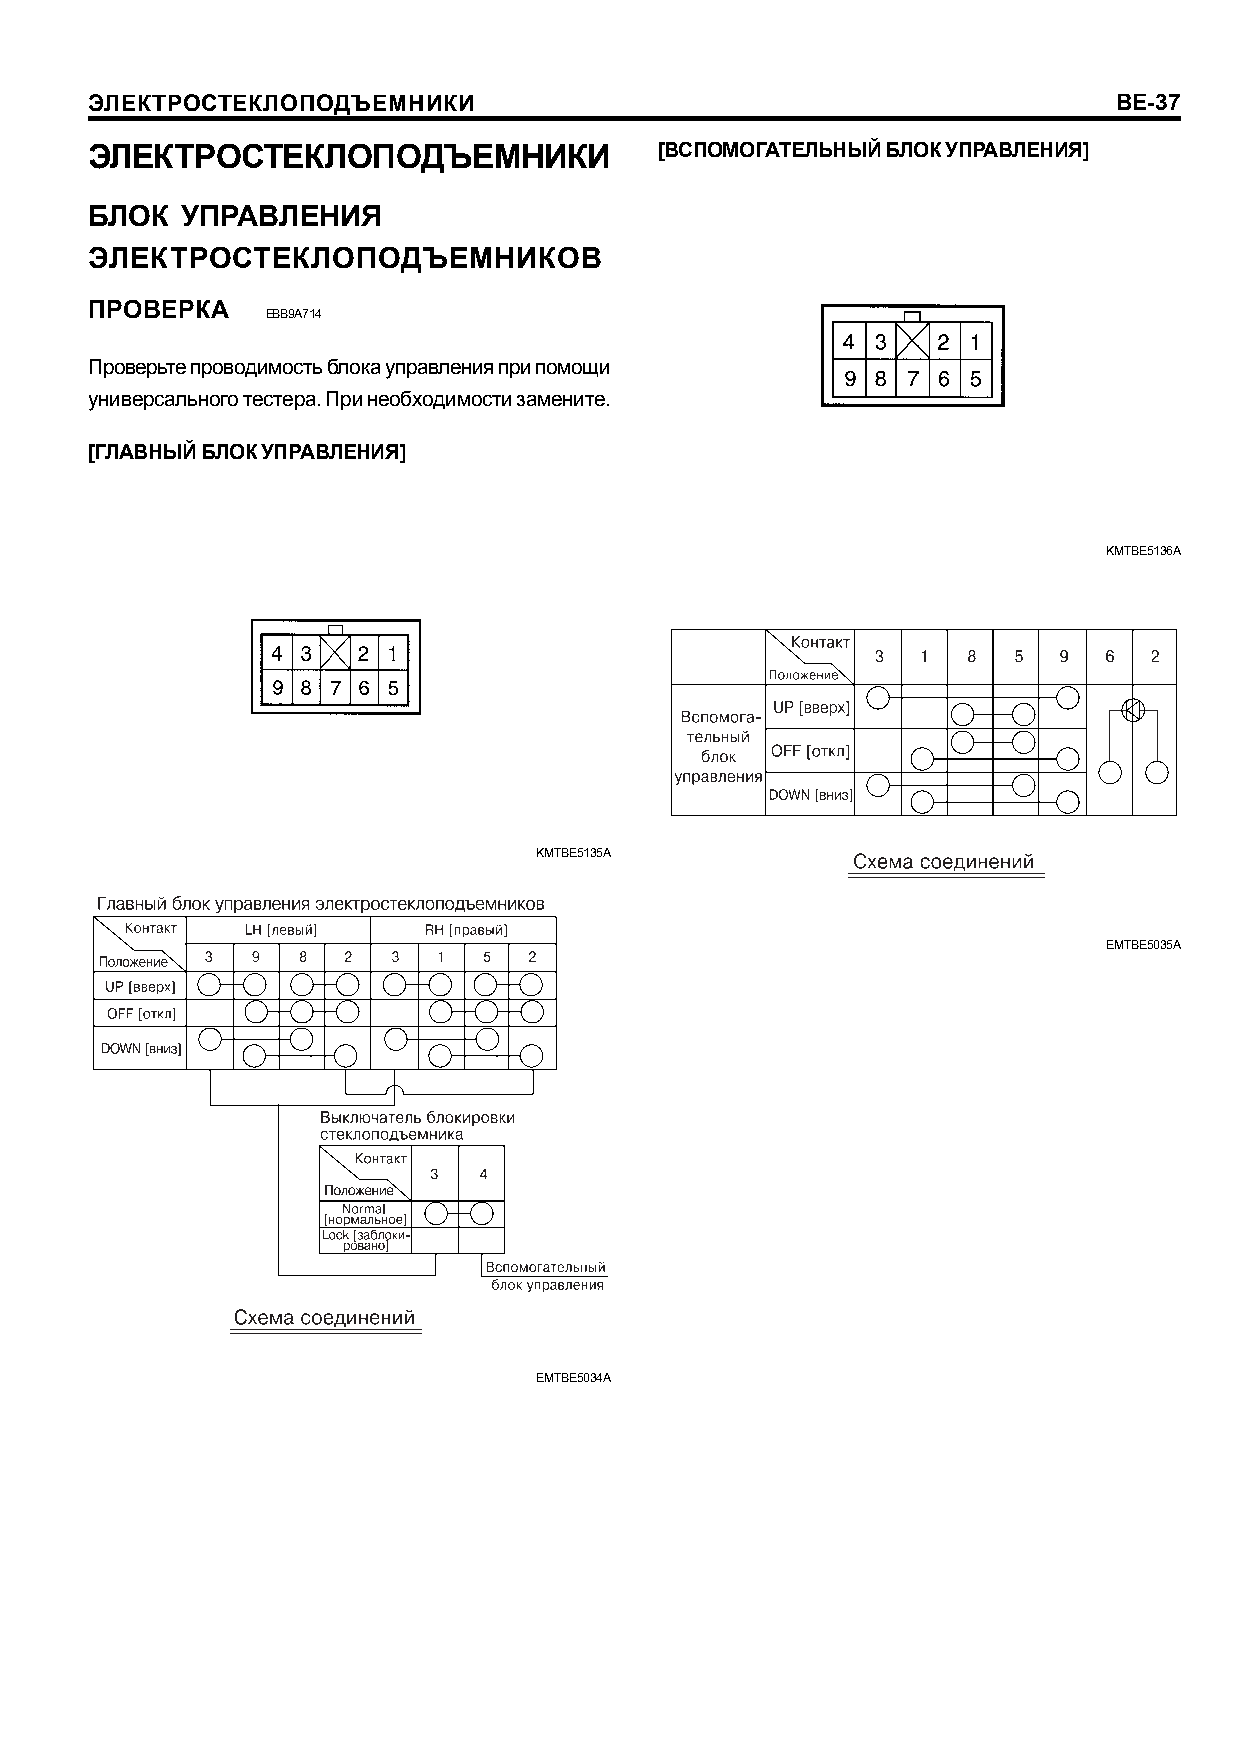
ÝËÅÊÒÐÎÑÒÅÊËÎÏÎÄÚÅÌÍÈÊÈ                                             BE-37
 ÝËÅÊÒÐÎÑÒÅÊËÎÏÎÄÚÅÌÍÈÊÈ               [ÂÑÏÎÌÎÃÀÒÅËÜÍÛÉ ÁËÎÊ ÓÏÐÀÂËÅÍÈß]
 ÁËÎÊ  ÓÏÐÀÂËÅÍÈß
 ÝËÅÊÒÐÎÑÒÅÊËÎÏÎÄÚÅÌÍÈÊÎÂ
 ÏÐÎÂÅÐÊÀ
 EBB9A714
 Ïðîâåðüòå ïðîâîäèìîñòü áëîêà óïðàâëåíèÿ ïðè ïîìîùè
 óíèâåðñàëüíîãî òåñòåðà. Ïðè íåîáõîäèìîñòè çàìåíèòå.
 [ÃËÀÂÍÛÉ ÁËÎÊ ÓÏÐÀÂËÅÍÈß]
 KMTBE5136A
 KMTBE5135A
 EMTBE5035A
 EMTBE5034A